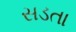
સડતા